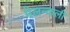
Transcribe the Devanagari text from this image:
मेलन्कली